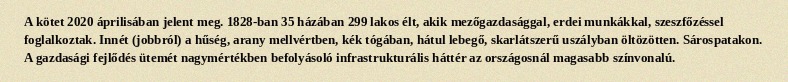
A kötet 2020 áprilisában jelent meg. 1828-ban 35 házában 299 lakos élt, akik mezőgazdasággal, erdei munkákkal, szeszfőzéssel foglalkoztak. Innét (jobbról) a hűség, arany mellvértben, kék tógában, hátul lebegő, skarlátszerű uszályban öltözötten. Sárospatakon. A gazdasági fejlődés ütemét nagymértékben befolyásoló infrastrukturális háttér az országosnál magasabb színvonalú.